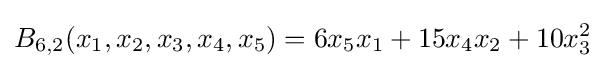
B_{6,2}(x_{1},x_{2},x_{3},x_{4},x_{5})=6x_{5}x_{1}+15x_{4}x_{2}+10x_{3}^{2}